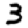
Digit: 3